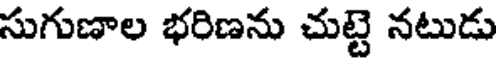
సుగుణాల భరిణను చుట్టె నటుడు